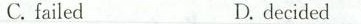
C. failed D. decided